Insane asylums in Bengal annual reports 1867-1875 - 1867-1875
Year: 1867
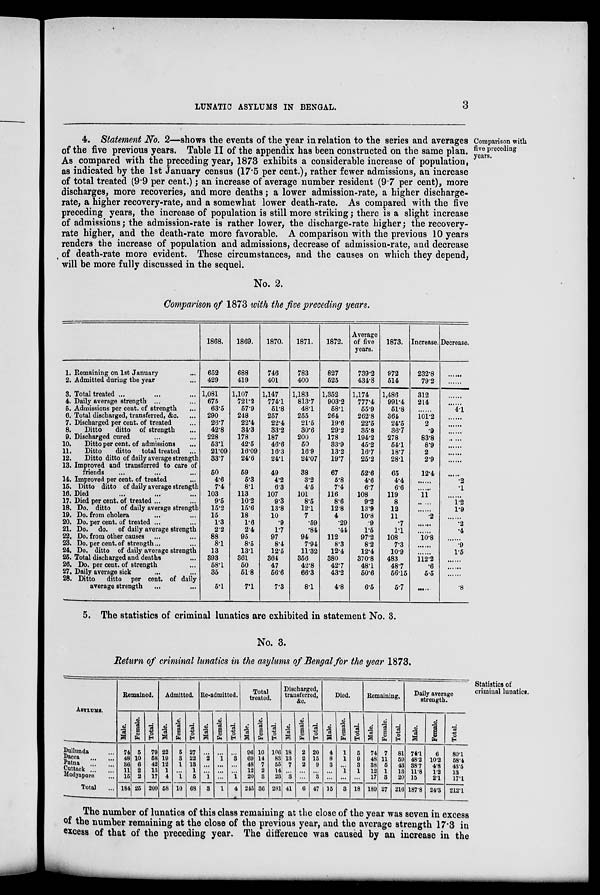
LUNATIC ASYLUMS IN BENGAL.
3
Comparison with
five preceding
years.
4. Statement No. 2—shows the events of the year in relation to the series and averages
of the five previous years. Table II of the appendix has been constructed on the same plan.
As compared with the preceding year, 1873 exhibits a considerable increase of population,
as indicated by the 1st January census (17.5 per cent.), rather fewer admissions, an increase
of total treated (9.9 per cent.) ; an increase of average number resident (9.7 per cent), more
discharges, more recoveries, and more deaths; a lower admission-rate, a higher discharge-
rate, a higher recovery-rate, and a somewhat lower death-rate. As compared with the five
preceding years, the increase of population is still more striking; there is a slight increase
of admissions; the admission-rate is rather lower, the discharge-rate higher; the recovery-
rate higher, and the death-rate more favorable. A comparison with the previous 10 years
renders the increase of population and admissions, decrease of admission-rate, and decrease
of death-rate more evident. These circumstances, and the causes on which they depend,
will be more fully discussed in the sequel.
No. 2.
Comparison of 1873 with the five preceding years.
1. Remaining on 1st January ...
2. Admitted during the year ...
3. Total treated ...
4. Daily average strength ... ...
6. Admissions per cent. of strength ...
6. Total discharged, transferred, &c. ...
7. Discharged per cent. of treated ...
8.
Ditto
ditto of strength ...
9. Discharged cured ... ...
10.
Ditto per cent. of admissions ...
11.
Ditto
ditto
total treated
...
12.
Ditto ditto of daily average strength
13. Improved and transferred to care of
friends ... ... ...
14. Improved per cent. of treated ...
15. Ditto ditto of daily average strength
16. Died ... ... ...
17. Died per cent. of treated ... ...
18. Do. ditto
of daily average strength
19. Do. from cholera ... ...
20. Do. per cent. of treated ... ...
21. Do. do. of daily average strength
22. Do. from other causes ... ...
23. Do. per cent. of strength ... ...
24. Do. ditto of daily average strength
25. Total discharged and deaths ...
26. Do. per cent. of strength ...
27. Daily average sick ... ...
28. Ditto
ditto per cent. of daily
average strength ... ...
1868.
652
429
1,081
675
63.5
290
26.7
42.8
228
53.1
21.09
33.7
50
4.6
7.4
103
9.5
15.2
15
1.3
2.2
88
8.1
13
393
58.1
35
5.1
1869.
688
419
1,107
721.2
57.9
248
22.4
34.3
178
42.5
16.09
24.6
59
5.3
8.1
113
10.2
15.6
18
1.6
2.4
95
8.5
13.1
361
50
51.8
7.1
1870.
746
401
1,147
774.1
51.8
257
22.4
33.2
187
46.6
16.3
24.1
49
4.2
6.3
107
9.3
13.8
10
.9
1.7
97
8.4
12.5
364
47
56.6
7.3
1871.
783
400
1,183
813.7
48.1
255
21.5
30.6
200
50
16.9
24.07
38
3.2
4.5
101
8.5
12.1
7
.59
.84
94
7.94
11.32
356
42.8
66.3
8.1
1872.
827
525
1,352
903.2
58.1
264
19.6
29.2
178
33.9
13.2
19.7
67
5.8
7.4
116
8.6
12.8
4
.29
.44
112
8.3
12.4
380
42.7
43.2
4.8
Average
of five
years.
739.2
434.8
1,174
777.4
55.9
262.8
22.5
35.8
194.2
45.2
16.7
25.2
52.6
4.6
6.7
108
9.2
13.9
10.8
.9
1.5
97.2
8.2
12.4
370.8
48.1
50.6
6.5
1873.
972
514
1,486
991.4
51.8
364
24.5
36.7
278
54.1
18.7
28.1
65
4.4
6.6
119
8
12
11
.7
1.1
108
7.3
10.9
483
48.7
56.15
5.7
Increase.
232.8
79.2
312
214
......
101.2
2
.9
83.8
8.9
2
2.9
12.4
......
......
11
......
......
.2
......
......
10.8
......
......
112.2
.6
5.5
......
Decrease.
......
......
......
......
4.1
......
......
......
......
......
......
......
......
.2
.1
......
1.2
1.9
......
.2
.4
......
.9
1.5
......
......
......
.8
5. The statistics of criminal lunatics are exhibited in statement No. 3.
No. 3.
Return of criminal lunatics in the asylums of Bengal for the year 1873.
Statistics of
criminal lunatics.
ASYLUMS.
Dullunda ...
Dacca ... ...
Patna ... ....
Cuttack ... ...
Modyapore ...
Total ...
Remained.
Male.
74
48
36
11
15
184
Female.
5
10
6
2
2
25
Total.
79
58
42
13
17
209
Admitted.
Mal e.
22
19
12
1
4
58
Female.
5
3
1
...
1
10
Total.
27
22
13
1
5
68
Re-admitted.
Mal e.
...
2
...
...
1
3
Female.
...
1
...
...
...
1
Total.
...
3
...
...
1
4
Total
treated.
Male.
96
69
48
12
20
245
Female.
10
14
7
2
3
36
Total.
106
83
55
14
23
281
Discharged,
transferred,
Male.
18
13
7
...
3
41
Female.
2
2
2
...
...
6
Total.
20
15
9
...
3
47
Died.
Male.
4
8
3
...
...
15
Female.
1
1
...
1
...
3
Tot al .
5
9
3
1
...
18
Remaining.
Mal e.
74
48
38
12
17
189
Female.
7
11
5
1
3
27
Total.
81
59
43
13
20
216
Daily average
strength.
Male.
74.1
48.2
38.7
11.8
15
187.8
Female.
6
10.2
4.8
1.2
2.1
24.3
Total.
80.1
58.4
43.5
13
17.1
212.1
The number of lunatics of this class remaining at the close of the year was seven in excess
of the number remaining at the close of the previous year, and the average strength 17.3 in
excess of that of the preceding year. The difference was caused by an increase in the